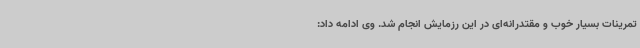
تمرینات بسیار خوب و مقتدرانه‌ای در این رزمایش انجام شد. وی ادامه داد: